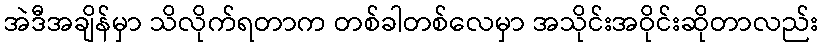
အဲဒီအချိန်မှာ သိလိုက်ရတာက တစ်ခါတစ်လေမှာ အသိုင်းအဝိုင်းဆိုတာလည်း